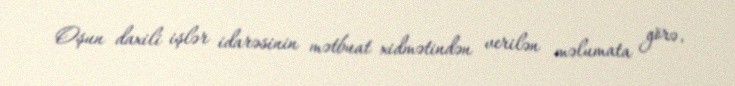
Oşun daxili işlər idarəsinin mətbuat xidmətindən verilən məlumata görə,